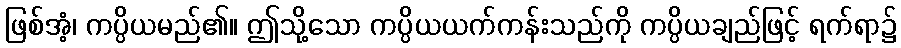
ဖြစ်အံ့၊ ကပ္ပိယမည်၏။ ဤသို့သော ကပ္ပိယယက်ကန်းသည်ကို ကပ္ပိယချည်ဖြင့် ရက်ရာ၌